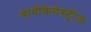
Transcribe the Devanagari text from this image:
बायोकेमेस्ट्रीज